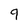
Character: 9